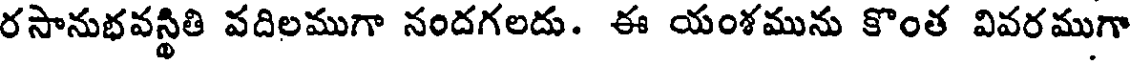
రసానుభవస్థితి వదిలముగా నందగలదు. ఈ యంశమును కొంత వివరముగా